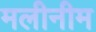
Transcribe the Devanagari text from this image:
मलीनीम